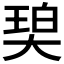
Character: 𰋨